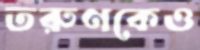
তরুণকেও